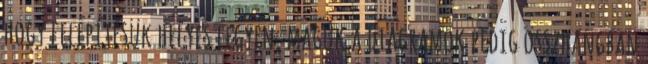
hogy felépítésük helyes legyen, maguk a diagramok pedig összhangban